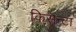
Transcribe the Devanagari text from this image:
किसन्टा